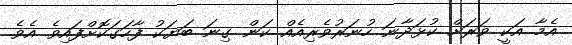
އެމާ އަކީ ވަރަށް ކުޅަދާނަ ހުނަރުވެރިއެއް ކަން ގިނަ ބަޔަކު ފާހަގަކޮށްފައިވެ އެވެ.